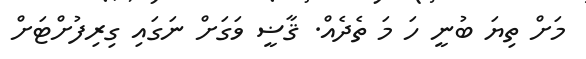
މަށް ތިޔަ ބުނީ ހަ މަ ތެދެއް. ޤާޟީ ވަގަށް ނަގައި ގިރިފުށްޓަށް